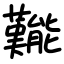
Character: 㔮